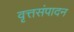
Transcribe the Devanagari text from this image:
वृत्तसंपादन